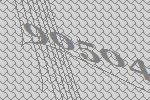
90504